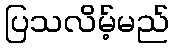
ပြသလိမ့်မည်